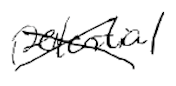
Text: potential
Cross-out: cross
Writing tool: digital_black